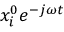
x _ { i } ^ { 0 } e ^ { - j { \omega } t }